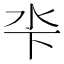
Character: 𣲉